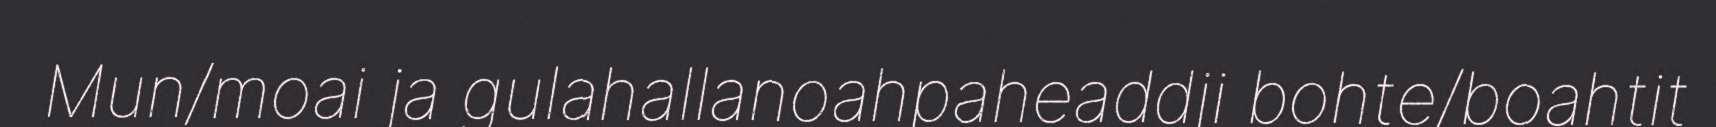
Mun/moai ja gulahallanoahpaheaddji bohte/boahtit